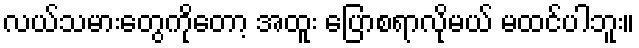
လယ်သမားတွေကိုတော့ အထူး ပြောစရာလိုမယ် မထင်ပါဘူး။